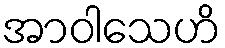
အာဝါသေဟိ